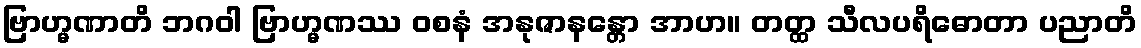
ဗြာဟ္မဏာတိ ဘဂဝါ ဗြာဟ္မဏဿ ဝစနံ အနုဇာနန္တော အာဟ။ တတ္ထ သီလပရိဓောတာ ပညာတိ